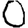
Digit: 0